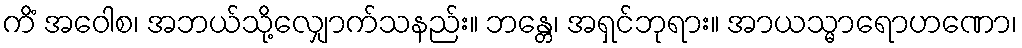
ကိံ အဝေါစ၊ အဘယ်သို့လျှောက်သနည်း။ ဘန္တေ၊ အရှင်ဘုရား။ အာယသ္မာရောဟဏော၊